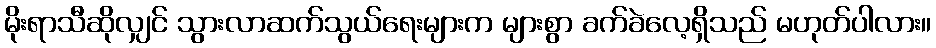
မိုးရာသီဆိုလျှင် သွားလာဆက်သွယ်ရေးများက များစွာ ခက်ခဲလေ့ရှိသည် မဟုတ်ပါလား။